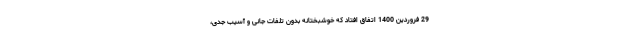
29 فروردین 1400 اتفاق افتاد که خوشبختانه بدون تلفات جانی و آسیب جدی،